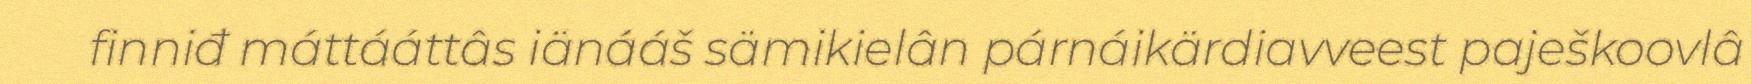
finniđ máttááttâs iänááš sämikielân párnáikärdiavveest paješkoovlâ